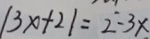
\vert 3 x + 2 \vert = 2 - 3 x